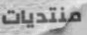
منتديات